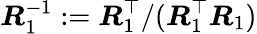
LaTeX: \boldsymbol{R}_{1}^{-1}:=\boldsymbol{R}_{1}^{\top}/(\boldsymbol{R}_{1}^{\top}\boldsymbol{R}_{1})